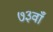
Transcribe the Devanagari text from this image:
७३वाँ